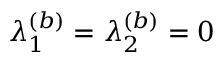
\lambda _ { 1 } ^ { ( b ) } = \lambda _ { 2 } ^ { ( b ) } = 0